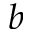
b